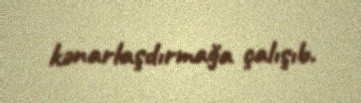
kənarlaşdırmağa çalışıb.